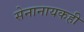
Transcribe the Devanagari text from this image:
सेनानायकही